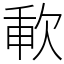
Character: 㰱